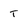
Character: T